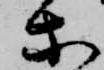
等